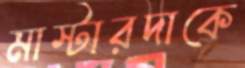
মাস্টারদাকে